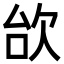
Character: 㰧